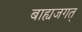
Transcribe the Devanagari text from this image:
बाह्यजगत्‌